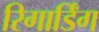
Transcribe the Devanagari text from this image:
रिगार्डिंग